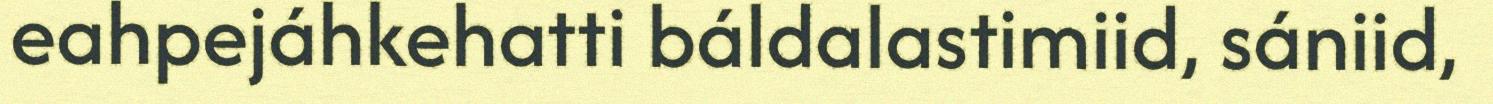
eahpejáhkehatti báldalastimiid, sániid,